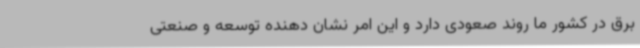
برق در کشور ما روند صعودی دارد و این امر نشان دهنده توسعه و صنعتی